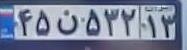
۴۵ن۵۳۲۱۳